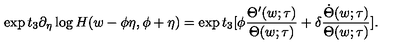
\exp t _ { 3 } \partial _ { \eta } \log H ( w - \phi \eta , \phi + \eta ) = \exp t _ { 3 } [ \phi \frac { \Theta ^ { \prime } ( w ; \tau ) } { \Theta ( w ; \tau ) } + \delta \frac { \dot { \Theta } ( w ; \tau ) } { \Theta ( w ; \tau ) } ] .